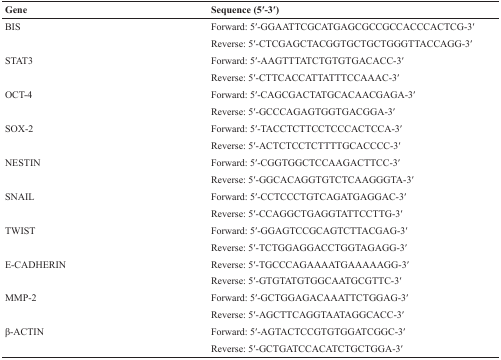
| Gene | Sequence (5′-3′) |
 | --- | --- |
 | BIS | Forward: 5′-GGAATTCGCATGAGCGCCGCCACCCACTCG-3′ |
 |  | Reverse: 5′-CTCGAGCTACGGTGCTGCTGGGTTACCAGG-3′ |
 | STAT3 | Forward: 5′-AAGTTTATCTGTGTGACACC-3′ |
 |  | Reverse: 5′-CTTCACCATTATTTCCAAAC-3′ |
 | OCT-4 | Forward: 5′-CAGCGACTATGCACAACGAGA-3′ |
 |  | Reverse: 5′-GCCCAGAGTGGTGACGGA-3′ |
 | SOX-2 | Forward: 5′-TACCTCTTCCTCCCACTCCA-3′ |
 |  | Reverse: 5′-ACTCTCCTCTTTTGCACCCC-3′ |
 | NESTIN | Forward: 5′-CGGTGGCTCCAAGACTTCC-3′ |
 |  | Reverse: 5′-GGCACAGGTGTCTCAAGGGTA-3′ |
 | SNAIL | Forward: 5′-CCTCCCTGTCAGATGAGGAC-3′ |
 |  | Reverse: 5′-CCAGGCTGAGGTATTCCTTG-3′ |
 | TWIST | Forward: 5′-GGAGTCCGCAGTCTTACGAG-3′ |
 |  | Reverse: 5′-TCTGGAGGACCTGGTAGAGG-3′ |
 | E-CADHERIN | Reverse: 5′-TGCCCAGAAAATGAAAAAGG-3′ |
 |  | Reverse: 5′-GTGTATGTGGCAATGCGTTC-3′ |
 | MMP-2 | Forward: 5′-GCTGGAGACAAATTCTGGAG-3′ |
 |  | Reverse: 5′-AGCTTCAGGTAATAGGCACC-3′ |
 | β-ACTIN | Forward: 5′-AGTACTCCGTGTGGATCGGC-3′ |
 |  | Reverse: 5′-GCTGATCCACATCTGCTGGA-3′ |